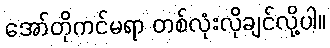
အော်တိုကင်မရာ တစ်လုံးလိုချင်လို့ပါ။